Report on the nature of kala-azar
Disease focus: Kala-Azar
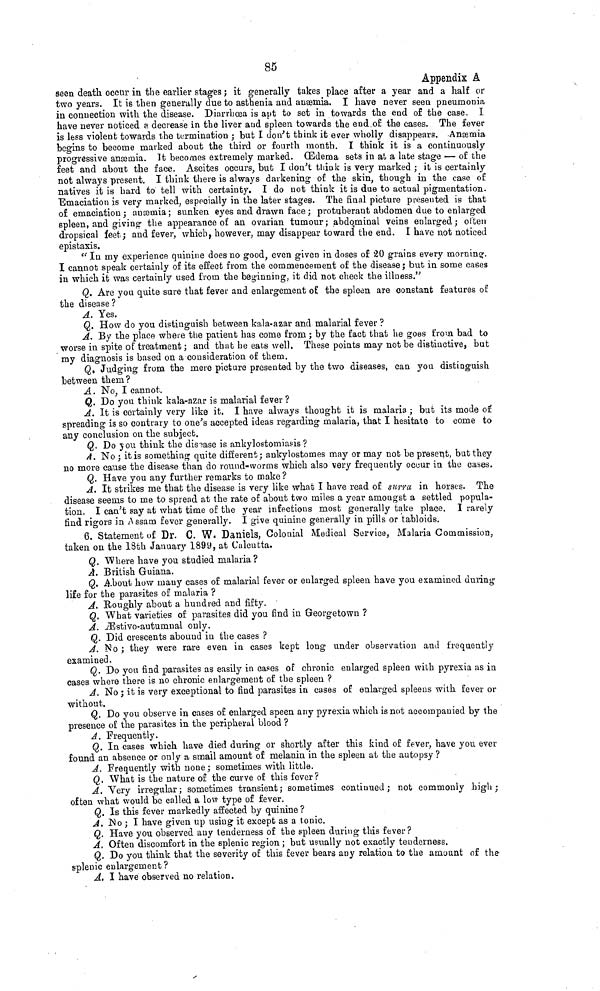
85
Appendix A
seen death occur in the earlier stages; it generally takes place after a year and a half or
two years. It is then generally due to asthenia and anæmia. I have never seen pneumonia
in connection with the disease. Diarrbœa is apt to set in towards the end o£ the case. I
have never noticed a decrease in the liver and spleen towards the end of the cases. The fever
is less violent towards the termination; but I don't think it ever wholly disappears. Anæmia
begins to become marked about the third or fourth month. I think it is a continuously
progressive anæmia. It becomes extremely marked. (Edema sets in at a late stage — of the
feet and about the face. Ascites occurs, but I don't think is very marked; it is certainly
not always present. I think there is always darkening of the skin, though in the case of
natives it is hard to tell with certainty. I do not think it is due to actual pigmentation.
Emaciation is very marked, especially in the later stages. The final picture presented is that
of emaciation; anæmia; sunken eyes and drawn face; protuberant abdomen due to enlarged
spleen, and giving the appearance of an ovarian tumour ; abdominal veins enlarged; often
dropsical feet; and fever, which, however, may disappear toward the end. I have not noticed
epistaxis.
"In my experience quinine does no good, even given in doses of 20 grains every morning.
I cannot speak certainly of its effect from the commencement of the disease; but in some cases
in which it was certainly used from the beginning, it did not check the illness."
Q. Are you quite sure that fever and enlargement o£ the spleen are constant features of
the disease?
A. Yes.
Q. How do you distinguish between kala-azar and malarial fever ?
A. By the place where the patient has come from; by the fact that he goes from bad to
worse in spite of treatment; and that he eats well. These points may not be distinctive, but
my diagnosis is based on a consideration of them.
Q. Judging from the mere picture presented by the two diseases, can you distinguish
between them?
A. No, I cannot.
Q. Do you think kala-azar is malarial fever ?
A. It is certainly very like it. I have always thought it is malaria; but its mode of
spreading is so contrary to one's accepted ideas regarding malaria, that I hesitate to come to
any conclusion on the subject.
Q. Do you think the disease is ankylostomiasis ?
A. No; it is something quite different; ankylostomes may or may not be present, but they
no more cause the disease than do round-worms which also very frequently occur in the cases.
Q. Have you any further remarks to make?
A. It strikes me that the disease is very like what I have read of surra in horses. The
disease seems to me to spread at the rate of about two miles a year amongst a settled popula-
tion. I can't say at what time of the year infections most generally take place. I rarely
find rigors in Assam fever generally. I give quinine generally in pills or tabloids.
6. Statement of Dr. C. W. Daniels, Colonial Medical Service, Malaria Commission,
taken on the 18th January 1899, at Calcutta.
Q. Where have you studied malaria ?
A. British Guiana.
Q. About how many cases of malarial fever or enlarged spleen have you examined during
life for the parasites of malaria ?
A. Roughly about a hundred and fifty.
Q. What varieties of parasites did you find in Georgetown ?
A. Æstivo-autumnal only.
Q. Did crescents abound in the cases ?
A. No; they were rare even in cases kept long under observation and frequently
examined.
Q. Do you find parasites as easily in capes of chronic enlarged spleen with pyrexia as in
cases where there is no chronic enlargement of the spleen ?
A. No; it is very exceptional to find parasites in cases of enlarged spleens with fever or
without.
Q. Do you observe in cases of enlarged speen any pyrexia which is not accompanied by the
presence of the parasites in the peripheral blood ?
A. Frequently.
Q. In cases which have died during or shortly after this kind of fever, have you ever
found an absence or only a small amount of melanin in the spleen at the autopsy ?
A. Frequently with none ; sometimes with little.
Q. What is the nature of the curve of this fever?
A. Very irregular; sometimes transient; sometimes continued; not commonly high;
often what would be called a low type of fever.
Q. Is this fever markedly affected by quinine?
A. No; I have given up using it except as a tonic.
Q. Have you observed any tenderness of the spleen during this fever?
A. Often discomfort in the splenic region; but usually not exactly tenderness.
Q. Do you think that the severity of this fever bears any relation to the amount of the
splenic enlargement ?
A. I have observed no relation.